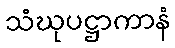
သံဃုပဋ္ဌာကာနံ